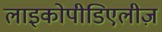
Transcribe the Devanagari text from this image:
लाइकोपीडिएलीज़